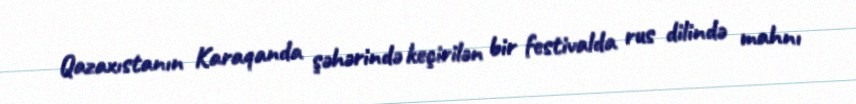
Qazaxıstanın Karaqanda şəhərində keçirilən bir festivalda rus dilində mahnı